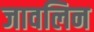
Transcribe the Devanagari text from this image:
जावलिन